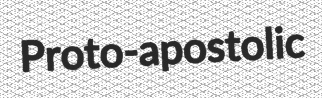
Proto-apostolic